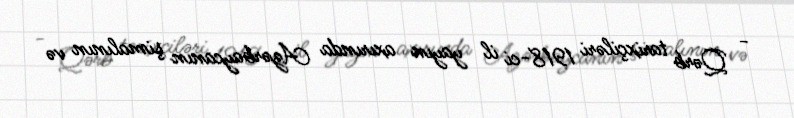
- Qərb tarixçiləri 1918-ci il yayın axırında Azərbaycanın şimalının və